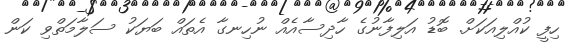
ހިފީ ކުއްލިއަކަށް. ބޮޑު އަލިފާނުގެ ހާދިސާއެއް ނުހިނގާ އެތައް ބަޔަކު ސަލާމަތްވި ކަން